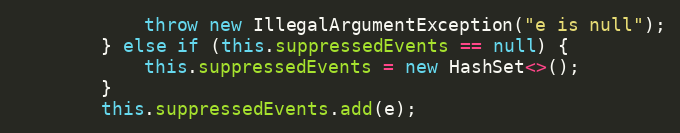
Language: Java
            throw new IllegalArgumentException("e is null");
        } else if (this.suppressedEvents == null) {
            this.suppressedEvents = new HashSet<>();
        }
        this.suppressedEvents.add(e);